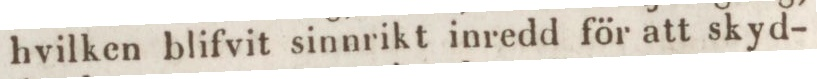
hvilken blifvit sinnrikt inredd för att skyd-